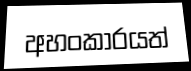
අහංකාරයත්